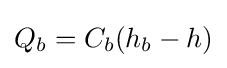
Q_{b}=C_{b}(h_{b}-h)